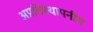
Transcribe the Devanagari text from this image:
अप्रतिस्थापनीय